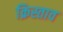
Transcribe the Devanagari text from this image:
क्रिस्ताव